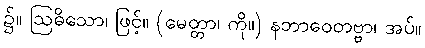
၌။ ဩဓိသော၊ ဖြင့်။ (မေတ္တာ၊ ကို။) နဘာဝေတဗ္ဗာ၊ အပ်။